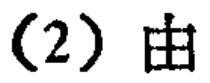
(2) 由